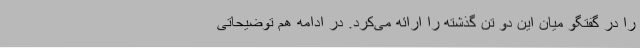
را در گفتگو میان این دو تن گذشته را ارائه می‌کرد. در ادامه هم توضیحاتی